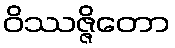
ဝိဿဇ္ဇိတော